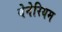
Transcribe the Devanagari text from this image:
बेनेरियम